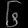
Digit: ၆